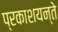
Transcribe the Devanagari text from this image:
प्रकाशयन्ते